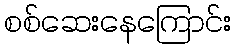
စစ်ဆေးနေကြောင်း